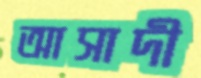
আসাদী